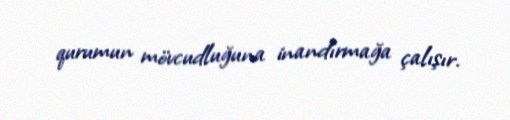
qurumun mövcudluğuna inandırmağa çalışır.